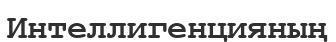
Интеллигенцияның